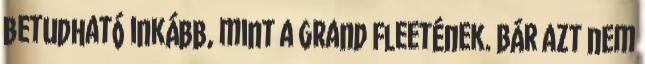
betudható inkább, mint a Grand Fleetének. Bár azt nem